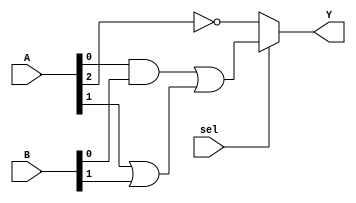
module combinational_logic (
    input wire [3:0] A,    // 4-bit input
    input wire [3:0] B,    // 4-bit input
    input wire sel,        // Select signal for multiplexer
    output wire Y          // Output
);

// Internal nets for minimized expressions
wire and_term;
wire or_term;
wire not_term;

// Define the minimized expressions
assign and_term = A[0] & B[0];           // Example AND operation
assign or_term = A[1] | B[1];            // Example OR operation
assign not_term = ~A[2];                  // Example NOT operation

// Hybrid Logic Function Implementation
// Combine AND, OR, and NOT results
assign Y = (sel) ? (and_term | or_term) : not_term;

// ** Note: Replace the above logic with your minimized function based on your K-map or Quine-McCluskey results**

endmodule